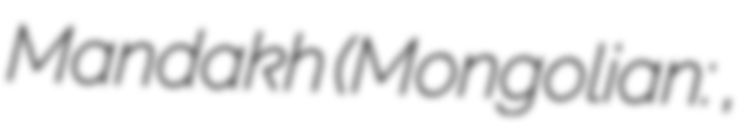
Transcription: Mandakh (Mongolian: Мандах,